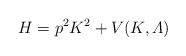
\begin{align*}H = p^2K^2 + V(K, {\mit\Lambda})\end{align*}